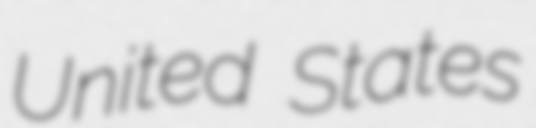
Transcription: United States